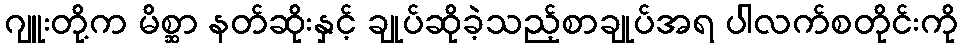
ဂျူးတို့က မိစ္ဆာ နတ်ဆိုးနှင့် ချုပ်ဆိုခဲ့သည့်စာချုပ်အရ ပါလက်စတိုင်းကို